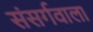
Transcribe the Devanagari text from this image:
संसर्गवाला